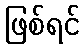
ဖြစ်ရင်